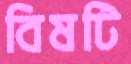
বিষটি